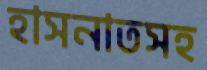
হাসনাতসহ